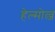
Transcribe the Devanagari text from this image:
हेल्मोल्ज